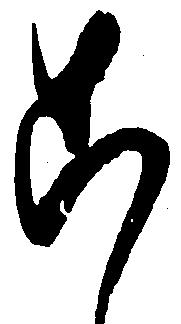
こ